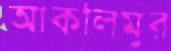
আকলিমুর